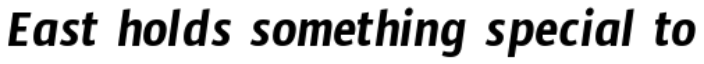
East holds something special to